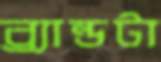
ব্র্যান্ডটা